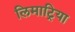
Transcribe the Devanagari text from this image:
लिमाट्रिया